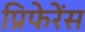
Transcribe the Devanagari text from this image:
प्रिफेरेंस